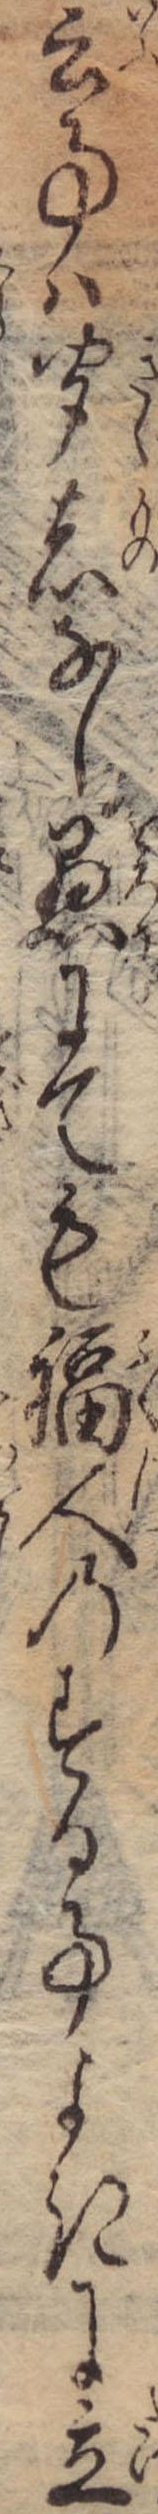
云事は聞者なし愚にても福人のする事よきに立